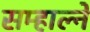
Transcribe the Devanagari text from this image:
सम्हाल्ने